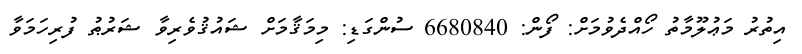
އިތުރު މަޢުލޫމާތު ހޯއްދެވުމަށް: ފޯން: 6680840 ސުންގަޑި: މިމަޤާމަށް ޝައުޤުވެރިވާ ޝަރުޠު ފުރިހަމަވާ